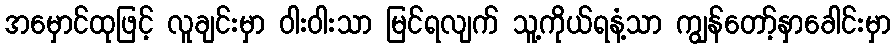
အမှောင်ထုဖြင့် လူချင်းမှာ ဝါးဝါးသာ မြင်ရလျက် သူ့ကိုယ်ရနံ့သာ ကျွန်တော့်နှာခေါင်းမှာ